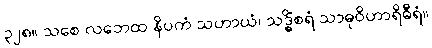
၃၂၈။ သစေ လဘေထ နိပကံ သဟာယံ၊ သဒ္ဓိံစရံ သာဓုဝိဟာရိဓီရံ။